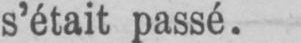
s’était passé.